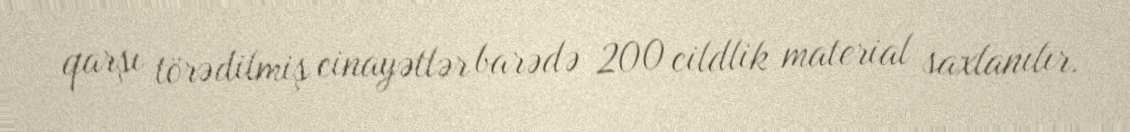
qarşı törədilmiş cinayətlər barədə 200 cildlik material saxlanılır.